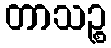
တာသဉ္စ